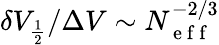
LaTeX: \delta V_{\frac{1}{2}}/\Delta V\sim N_{\mathrm{~e~f~f~}}^{-2/3}